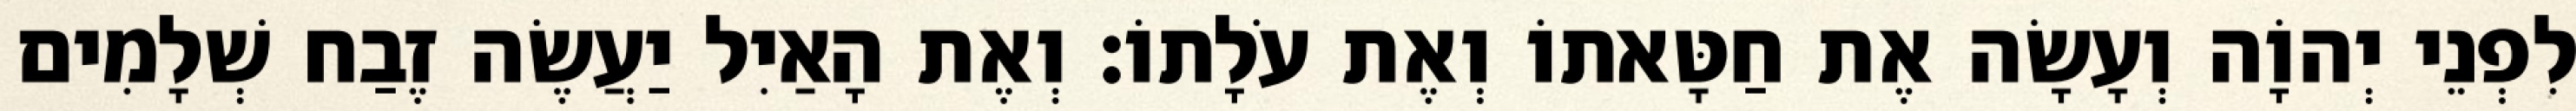
לִפְנֵי יְהוָֹה וְעָשָׂה אֶת חַטָּאתוֹ וְאֶת עֹלָתוֹ׃ וְאֶת הָאַיִל יַעֲשֶׂה זֶבַח שְׁלָמִים